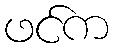
ဖင်က